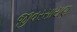
જીવરસાયણ